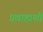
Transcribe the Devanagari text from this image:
प्रवाहाशी